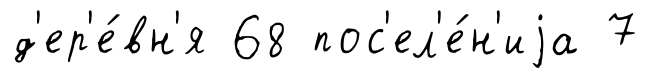
д'ер'е́вн'я 68 пос'ел'е́н'иjа 7